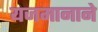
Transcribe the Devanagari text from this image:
यजमानाने